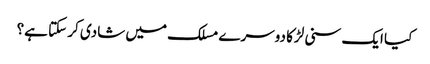
کیا ایک سنی لڑکا دوسرے مسلک میں شادی کر سکتا ہے؟